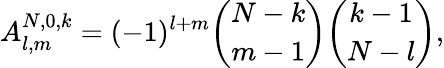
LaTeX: A_{l,m}^{N,0,k}=(-1)^{l+m}{\binom{N-k}{m-1}}{\binom{k-1}{N-l}},